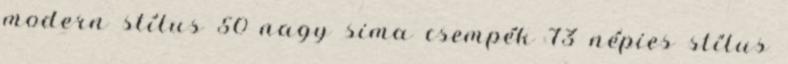
modern stílus 50 nagy sima csempék 73 népies stílus